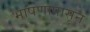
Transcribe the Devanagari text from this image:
भाषणापासून